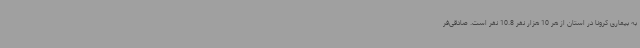
به بیماری کرونا در استان از هر 10 هزار نفر 10.8 نفر است. صادقی‌فر